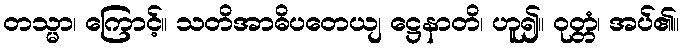
တသ္မာ၊ ကြောင့်။ သတိအာဓိပတေယျ ဋ္ဌေနာတိ၊ ဟူ၍။ ဝုတ္တံ၊ အပ်၏။